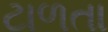
ટાળતા